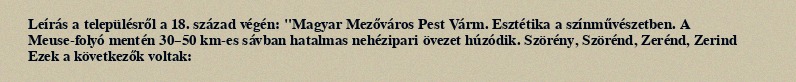
Leírás a településről a 18. század végén: "Magyar Mezőváros Pest Várm. Esztétika a színművészetben. A Meuse-folyó mentén 30–50 km-es sávban hatalmas nehézipari övezet húzódik. Szörény, Szörénd, Zerénd, Zerind Ezek a következők voltak: